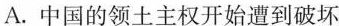
A.中国的领土主权开始遭到破坏